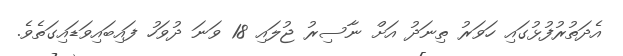
އެދަތުރުފުޅުގައި ހަވަރު ތިނަދު އަށް ނާސިރު ޖުލައި 18 ވަނަ ދުވަހު ފައިބައިވަޑައިގަތެވެ.